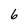
Character: 6